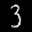
Label: 3